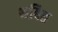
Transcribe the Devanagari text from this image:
थबित